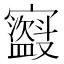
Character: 𫴣